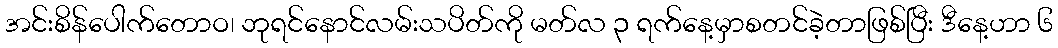
အင်းစိန်ပေါက်တောဝ၊ ဘုရင်နောင်လမ်းသပိတ်ကို မတ်လ ၃ ရက်နေ့မှာစတင်ခဲ့တာဖြစ်ပြီး ဒီနေ့ဟာ ၆